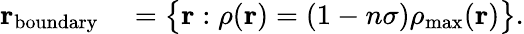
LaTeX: \begin{array}{rl}{\textbf{r}_{\mathrm{boundary}}}&{{}=\big\{ \textbf{r}:\rho(\textbf{r})=(1-n\sigma)\rho_{\mathrm{max}}(\textbf{r})\big\} .}\end{array}